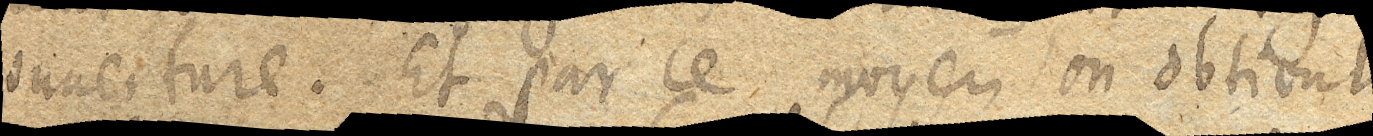
ouuerture. Et par ce moyen on obtient